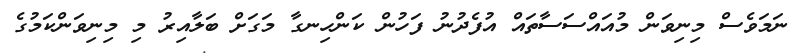
ނަމަވެސް މިނިވަން މުއައްސަސާތައް އުފެދުނު ފަހުން ކަންހިނގާ މަގަށް ބަލާއިރު މި މިނިވަންކަމުގެ